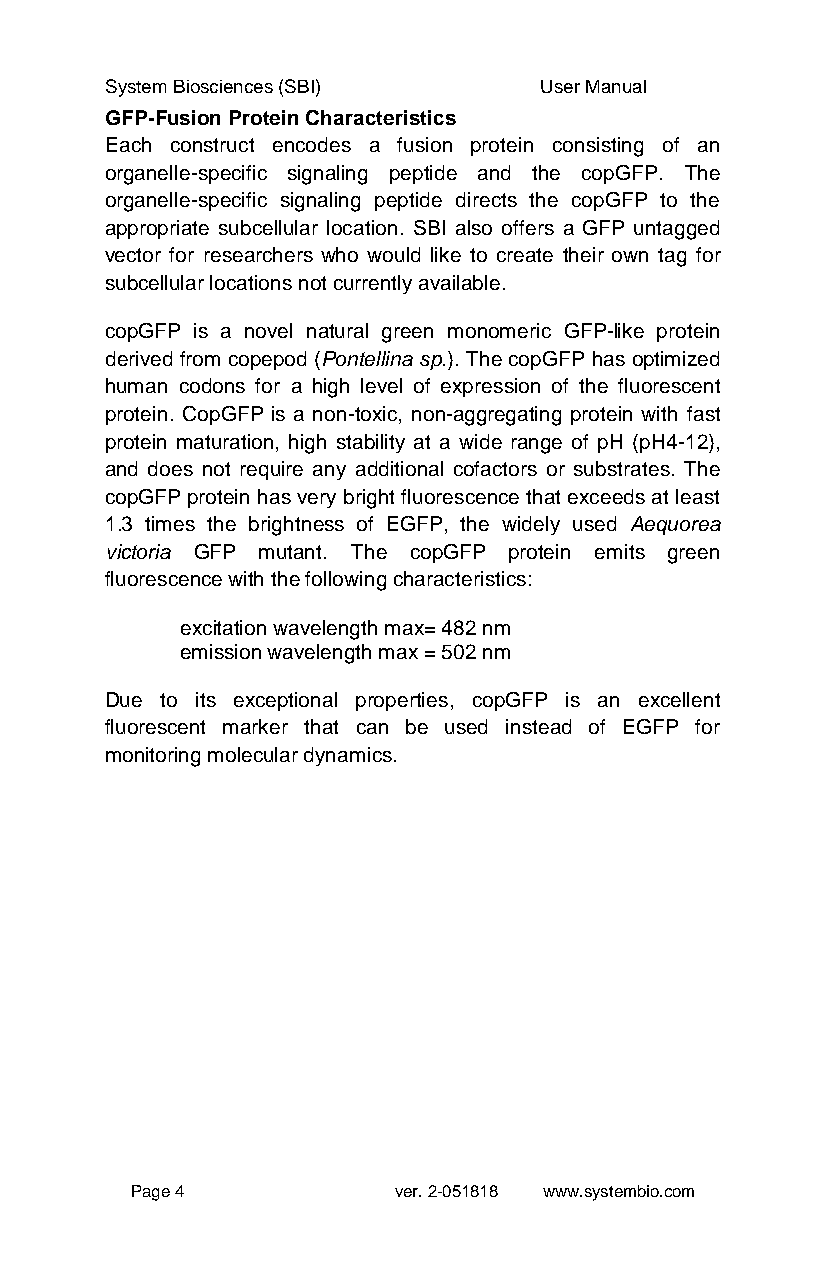
System Biosciences (SBI)     User Manual
 GFP-Fusion Protein Characteristics
 Each construct encodes a fusion protein consisting of an
 organelle-specific signaling peptide and the copGFP. The
 organelle-specific signaling peptide directs the copGFP to the
 appropriate subcellular location. SBI also offers a GFP untagged
 vector for researchers who would like to create their own tag for
 subcellular locations not currently available.
 copGFP is a novel natural green monomeric GFP-like protein
 derived from copepod (Pontellina sp.). The copGFP has optimized
 human codons for a high level of expression of the fluorescent
 protein. CopGFP is a non-toxic, non-aggregating protein with fast
 protein maturation, high stability at a wide range of pH (pH4-12),
 and does not require any additional cofactors or substrates. The
 copGFP protein has very bright fluorescence that exceeds at least
 1.3 times the brightness of EGFP, the widely used Aequorea
 victoria GFP mutant. The copGFP protein emits green
 fluorescence with the following characteristics:
 excitation wavelength max= 482 nm
 emission wavelength max = 502 nm
 Due to its exceptional properties, copGFP is an excellent
 fluorescent marker that can be used instead of EGFP for
 monitoring molecular dynamics.
 Page 4           ver. 2-051818 www.systembio.com